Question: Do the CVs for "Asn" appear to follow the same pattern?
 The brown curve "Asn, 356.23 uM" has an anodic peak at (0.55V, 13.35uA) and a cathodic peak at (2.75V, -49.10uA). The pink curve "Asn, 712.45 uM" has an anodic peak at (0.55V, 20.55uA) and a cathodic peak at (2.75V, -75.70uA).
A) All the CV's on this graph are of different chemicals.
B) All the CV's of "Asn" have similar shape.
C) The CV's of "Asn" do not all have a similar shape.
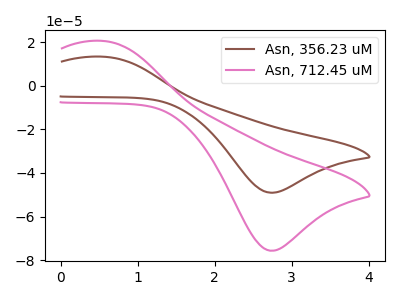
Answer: <think>All the peaks in "Asn, 356.23 uM" have a peak in "Asn, 712.45 uM" at the same potential. Every peak in "Asn, 356.23 uM" is lower than every peak in "Asn, 712.45 uM".
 </think>
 <answer>B) All the CV's of "Asn" have similar shape.</answer>
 <eval>B</eval>